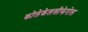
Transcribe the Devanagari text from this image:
कोलेकेलसीफेरोल